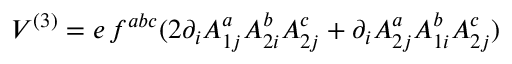
V ^ { ( 3 ) } = e \, f ^ { a b c } ( 2 \partial _ { i } A _ { 1 j } ^ { a } A _ { 2 i } ^ { b } A _ { 2 j } ^ { c } + \partial _ { i } A _ { 2 j } ^ { a } A _ { 1 i } ^ { b } A _ { 2 j } ^ { c } )